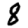
Digit: 8